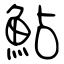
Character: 鮎